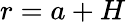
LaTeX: r=a+H